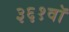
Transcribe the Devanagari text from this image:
३६१वॉ